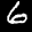
Label: 6